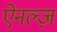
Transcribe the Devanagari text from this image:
ऐनल्ज़